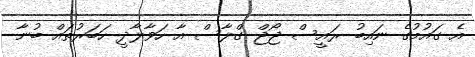
އެ ގައުމުގެ ނައިބު ރައީސް ޖޯޖް ގްލާސް އާ ހަވާލާދީ ހަބަރުތައް ބުނާ